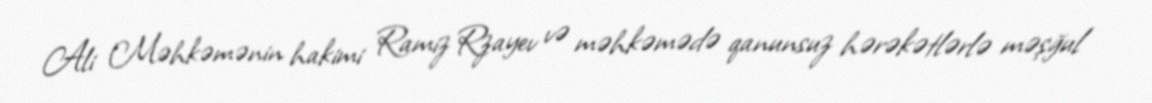
Ali Məhkəmənin hakimi Ramiz Rzayev və məhkəmədə qanunsuz hərəkətlərlə məşğul